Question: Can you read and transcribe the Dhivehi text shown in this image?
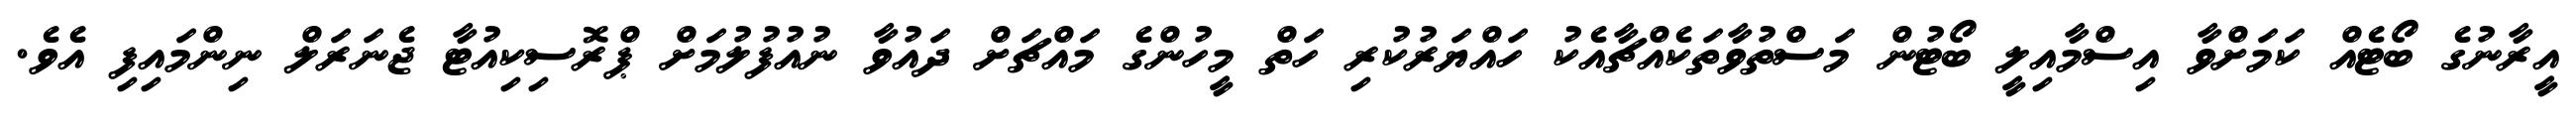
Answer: އީރާނުގެ ބޯޓެއް ކަމަށްވާ އިސްމާއިލީ ބޯޓުން މަސްތުވާތަކެއްޗާއެކު ހައްޔަރުކުރި ހަތް މީހުންގެ މައްޗަށް ދައުވާ ނުއުފުލުމަށް ޕްރޮސިކިއުޓާ ޖެނަރަލް ނިންމައިފި އެވެ.